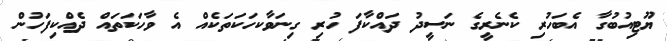
ޔޫޓިއުބުގާ އެބަހުރި ކެނެރީގެ ނަސީދު ދައްކާފަ ހުރި ގިނަވާކހަކަތަކެއް އެ ވާހަކަތައް ދެއްކިފަހުން